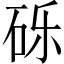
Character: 砾